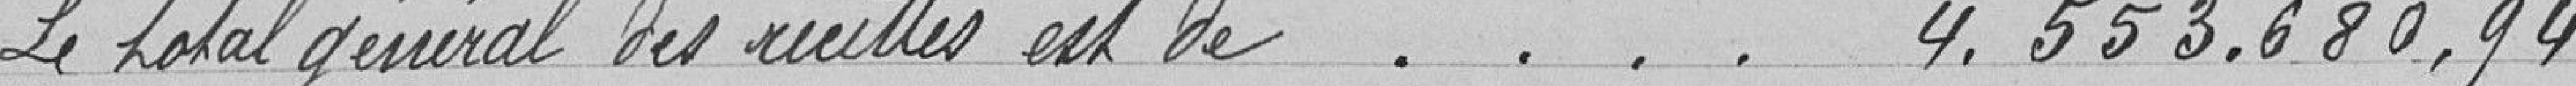
Le total général des recettes est de . . . . 4.553.680,94